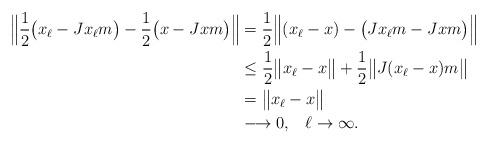
LaTeX: \begin{align*}\Big\|\frac{1}{2}\big(x_{\ell} - Jx_{\ell}m\big) - \frac{1}{2}\big(x-Jxm\big)\Big\| &= \frac{1}{2} \Big\|(x_{\ell}-x) - \big(Jx_{\ell}m -Jxm\big)\Big\|\\&\leq \frac{1}{2} \big\|x_{\ell}-x\big\| + \frac{1}{2}\big\|J(x_{\ell}-x)m\big\|\\&= \big\|x_{\ell}-x\big\| \\& \longrightarrow 0, \; \; \; \ell \to \infty.\end{align*}